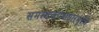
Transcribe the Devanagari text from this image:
समस्तजगदाधारमूर्तये